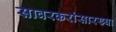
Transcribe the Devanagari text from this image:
सावरकरांसारख्या